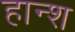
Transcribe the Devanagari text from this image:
हान्श